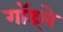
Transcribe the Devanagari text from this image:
गॉड्ले